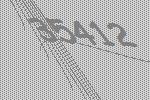
35412